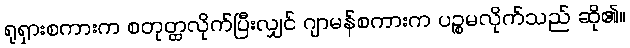
ရုရှားစကားက စတုတ္ထလိုက်ပြီးလျှင် ဂျာမန်စကားက ပဉ္စမလိုက်သည် ဆို၏။